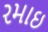
રમાઇ